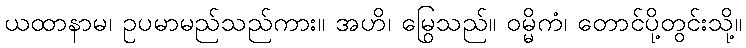
ယထာနာမ၊ ဥပမာမည်သည်ကား။ အဟိ၊ မြွေသည်။ ဝမ္မိကံ၊ တောင်ပို့တွင်းသို့။